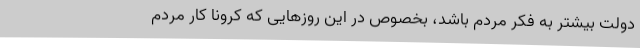
دولت بیشتر به فکر مردم باشد، بخصوص در این روزهایی که کرونا کار مردم